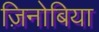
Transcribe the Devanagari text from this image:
ज़िनोबिया